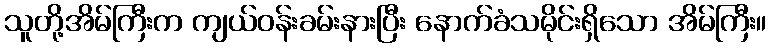
သူတို့အိမ်ကြီးက ကျယ်ဝန်းခမ်းနားပြီး နောက်ခံသမိုင်းရှိသော အိမ်ကြီး။